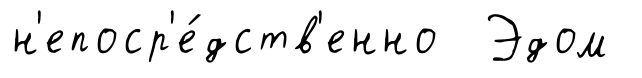
н'епоср'е́дств'енно Эдом